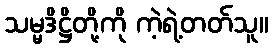
သမ္မဒိဋ္ဌိတို့ကို ကဲ့ရဲ့တတ်သူ။